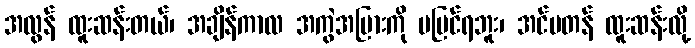
အလွန် ထူးဆန်းတယ်၊ အချိန်ကာလ အကွဲအပြားကို မမြင်ရဘူး၊ အင်မတန် ထူးဆန်းလို့